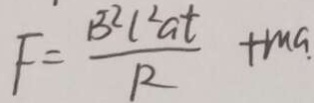
F = \frac { B ^ { 2 } l ^ { 2 } a t } { R } + m a _ { \cdot }